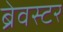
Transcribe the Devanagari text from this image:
ब्रेवस्टर